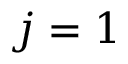
j = 1